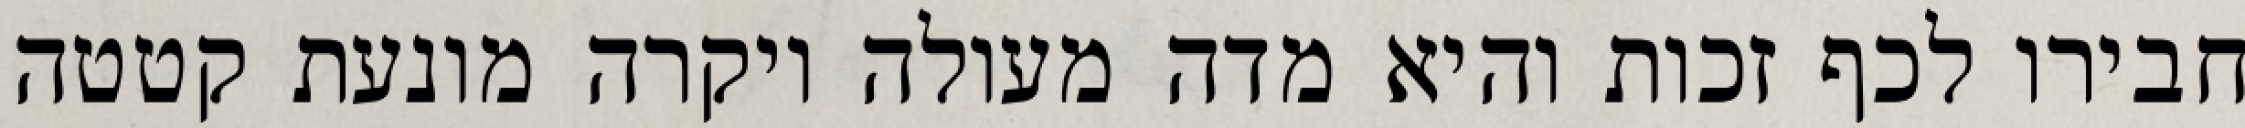
חבירו לכף זכות והיא מדה מעולה ויקרה מונעת קטטה